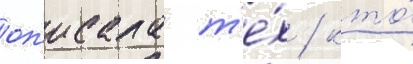
оп'исала т'е́х / кто́